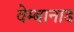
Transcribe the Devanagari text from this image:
वेम्बानाड